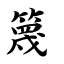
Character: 篾